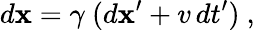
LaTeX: d\mathbf{x}=\gamma\ (d\mathbf{x}^{\prime}+v\, dt^{\prime})\ ,